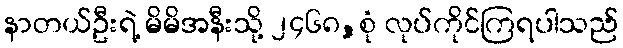
နာတယ်ဦးရဲ့ မိမိအနီးသို့ ၂၄၆၈,စုံ လုပ်ကိုင်ကြရပါသည်